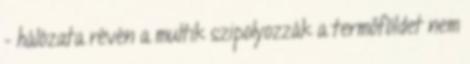
- hálózata révén a multik szipolyozzák a termőföldet nem